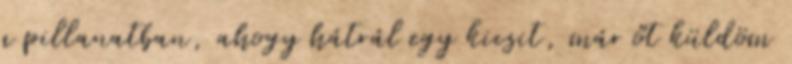
a pillanatban, ahogy hátrál egy kicsit, már őt küldöm